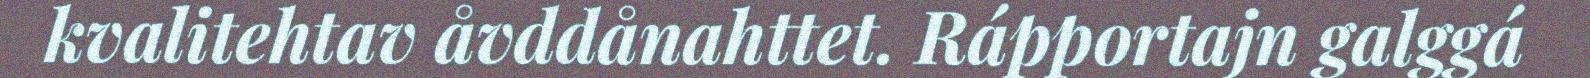
kvalitehtav åvddånahttet. Rápportajn galggá